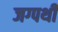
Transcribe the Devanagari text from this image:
जग्पथी